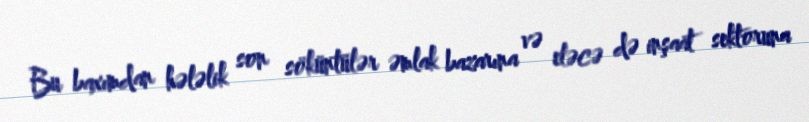
Bu baxımdan hələlik son söküntülər əmlak bazarına və eləcə də inşaat sektoruna